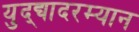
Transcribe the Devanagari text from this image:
युद्द्यादरम्यान